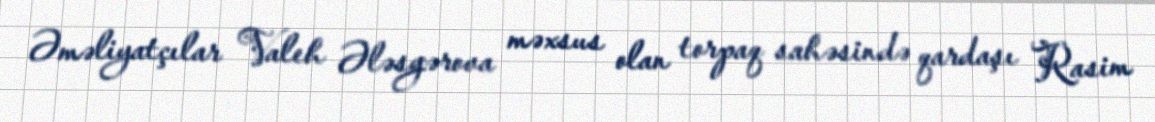
Əməliyatçılar Valeh Ələsgərova məxsus olan torpaq sahəsində qardaşı Rasim